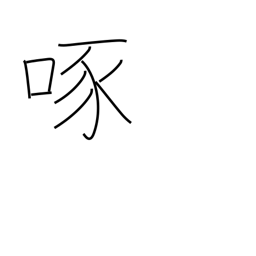
Meaning: peck